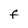
Character: F